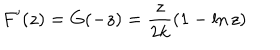
F ^ { \prime } ( z ) = G ( - z ) = { \frac { z } { 2 k } } ( 1 - \ln z )